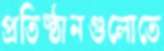
প্রতিষ্ঠানগুলোতে